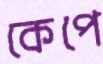
কেপে